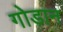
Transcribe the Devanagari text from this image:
गोडान